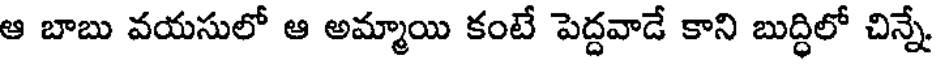
ఆ బాబు వయసులో ఆ అమ్మాయి కంటే పెద్దవాడే కాని బుద్ధిలో చిన్నే.